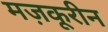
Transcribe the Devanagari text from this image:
मज़कूरीन